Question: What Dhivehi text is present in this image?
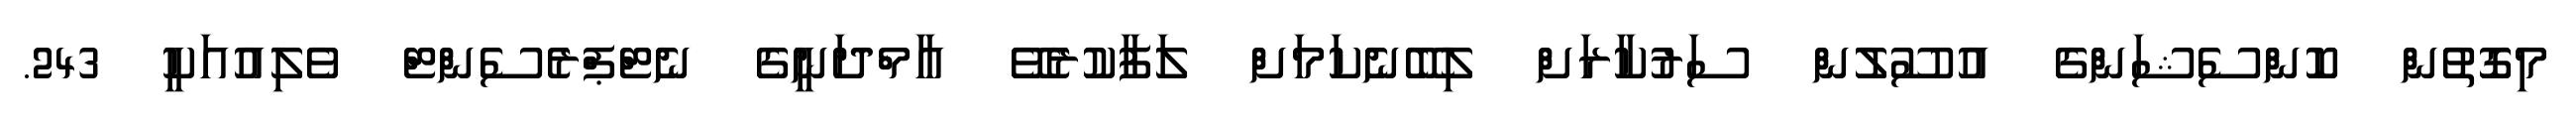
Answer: މިގޮތުން ކޮންސެޝަންގެ އުސޫލުން ސަރުކާރަށް ލިބޭނެކަމަށް ލަފާކުރެވޭ އާމްދަނީގެ ނެޓްޕްރެސެންޓް ވެލިއުއަކީ 243.